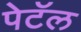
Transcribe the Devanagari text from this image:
पेटॅल